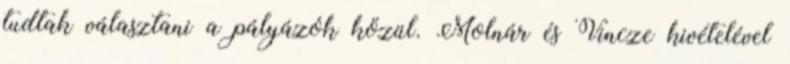
tudtak választani a pályázók közül. Molnár és Vincze kivételével